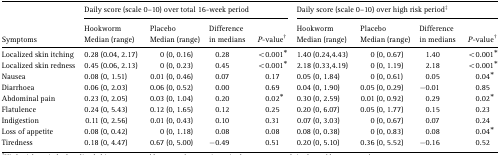
<table><thead><tr><td></td><td colspan="4"><b>Daily score (scale 0–10) over total 16-week period</b></td><td colspan="4"><b>Daily score (scale 0–10) over high risk period‡</b></td></tr><tr><td><b>Symptoms</b></td><td><b>Hookworm Median (range)</b></td><td><b>Placebo Median (range)</b></td><td><b>Difference in medians</b></td><td><b><i>P</i>-value†</b></td><td><b>Hookworm Median (range)</b></td><td><b>Placebo Median (range)</b></td><td><b>Difference in medians</b></td><td><b><i>P</i>-value†</b></td></tr></thead><tbody><tr><td>Localized skin itching</td><td>0.28 (0.04, 2.17)</td><td>0 (0, 0.16)</td><td>0.28</td><td>&lt;0.001*</td><td>1.40 (0.24,4.43)</td><td>0 (0, 0.67)</td><td>1.40</td><td>&lt;0.001*</td></tr><tr><td>Localized skin redness</td><td>0.45 (0.06, 2.13)</td><td>0 (0, 0.23)</td><td>0.45</td><td>&lt;0.001*</td><td>2.18 (0.33,4.19)</td><td>0 (0, 1.19)</td><td>2.18</td><td>&lt;0.001*</td></tr><tr><td>Nausea</td><td>0.08 (0, 1.51)</td><td>0.01 (0, 0.46)</td><td>0.07</td><td>0.17</td><td>0.05 (0, 1.84)</td><td>0 (0, 0.61)</td><td>0.05</td><td>0.04*</td></tr><tr><td>Diarrhoea</td><td>0.06 (0, 2.03)</td><td>0.06 (0, 0.52)</td><td>0.00</td><td>0.69</td><td>0.04 (0, 1.90)</td><td>0.05 (0, 0.29)</td><td>−0.01</td><td>0.85</td></tr><tr><td>Abdominal pain</td><td>0.23 (0, 2.05)</td><td>0.03 (0, 1.04)</td><td>0.20</td><td>0.02*</td><td>0.30 (0, 2.59)</td><td>0.01 (0, 0.92)</td><td>0.29</td><td>0.02*</td></tr><tr><td>Flatulence</td><td>0.24 (0, 5.43)</td><td>0.12 (0, 1.65)</td><td>0.12</td><td>0.25</td><td>0.20 (0, 6.07)</td><td>0.05 (0, 1.77)</td><td>0.15</td><td>0.23</td></tr><tr><td>Indigestion</td><td>0.11 (0, 2.56)</td><td>0.01 (0, 0.43)</td><td>0.10</td><td>0.31</td><td>0.07 (0, 3.03)</td><td>0 (0, 0.67)</td><td>0.07</td><td>0.24</td></tr><tr><td>Loss of appetite</td><td>0.08 (0, 0.42)</td><td>0 (0, 1.18)</td><td>0.08</td><td>0.08</td><td>0.08 (0, 0.38)</td><td>0 (0, 0.83)</td><td>0.08</td><td>0.04*</td></tr><tr><td>Tiredness</td><td>0.18 (0, 4.47)</td><td>0.67 (0, 5.00)</td><td>−0.49</td><td>0.51</td><td>0.20 (0, 5.10)</td><td>0.36 (0, 5.52)</td><td>−0.16</td><td>0.52</td></tr></tbody></table>